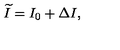
\widetilde { I } = I _ { 0 } + \Delta I ,